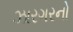
ઝારગરનો